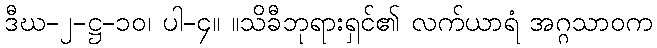
ဒီဃ-၂-ဋ္ဌ-၁၀၊ ပါ-၄။ ။သိခီဘုရားရှင်၏ လက်ယာရံ အဂ္ဂသာဝက